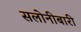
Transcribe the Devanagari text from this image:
सलोनीबारी